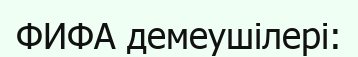
ФИФА демеушілері: